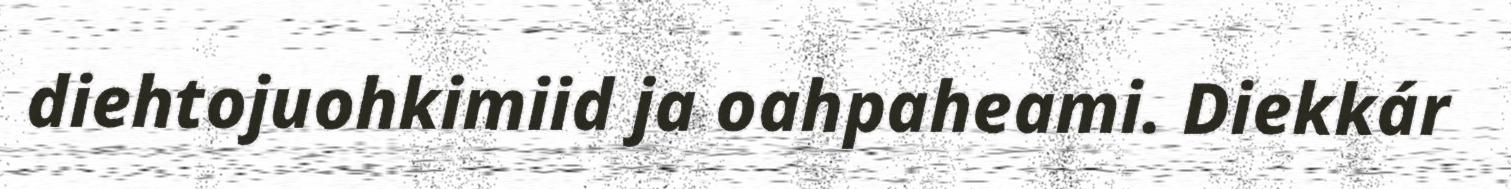
diehtojuohkimiid ja oahpaheami. Diekkár